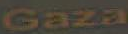
Gaza